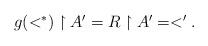
LaTeX: \begin{align*}\textstyle g(<^*)\upharpoonright A'= R\upharpoonright A'=<'.\end{align*}